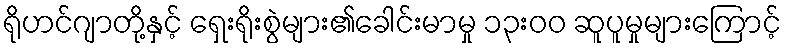
ရိုဟင်ဂျာတို့နှင့် ရှေးရိုးစွဲများ၏ခေါင်းမာမှု ၁၃းဝဝ ဆူပူမှုများကြောင့်